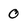
Character: 0